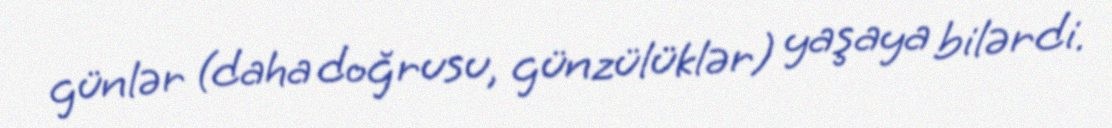
günlər (daha doğrusu, günzülüklər) yaşaya bilərdi.